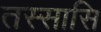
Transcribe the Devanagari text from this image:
तस्सासि